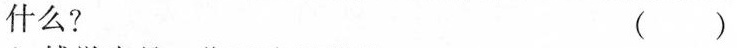
什么：( )